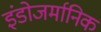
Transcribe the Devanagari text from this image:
इंडोजर्मानिक